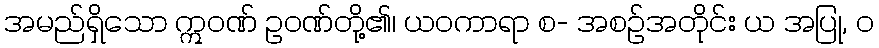
အမည်ရှိသော ဣဝဏ် ဥဝဏ်တို့၏၊ ယဝကာရာ စ- အစဉ်အတိုင်း ယ အပြု, ဝ